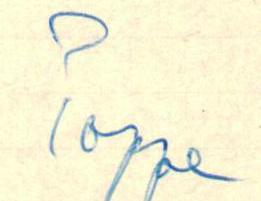
Poppe